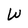
Character: W